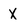
Character: X